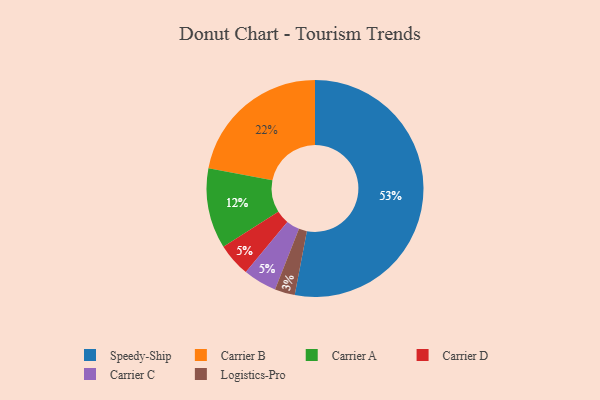
{"axis": {"x": "Category", "y": "Percentage"}, "legend": ["Carrier A", "Carrier B", "Carrier C", "Carrier D", "Logistics-Pro", "Speedy-Ship"], "data": [{"x": "Logistics-Pro", "y": 3, "type": "Logistics-Pro"}, {"x": "Carrier D", "y": 5, "type": "Carrier D"}, {"x": "Carrier B", "y": 22, "type": "Carrier B"}, {"x": "Carrier C", "y": 5, "type": "Carrier C"}, {"x": "Speedy-Ship", "y": 53, "type": "Speedy-Ship"}, {"x": "Carrier A", "y": 12, "type": "Carrier A"}]}